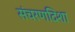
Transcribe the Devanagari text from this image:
संचरणदिशा